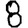
Digit: 8